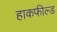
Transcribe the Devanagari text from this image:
हाकफील्ड